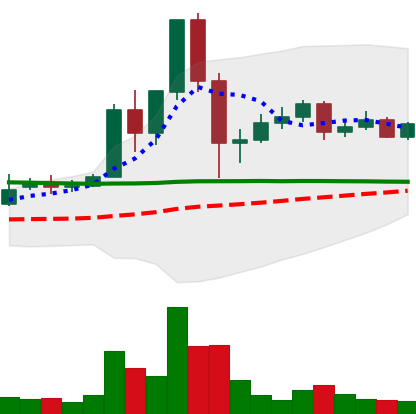
Ticker: DOGE-USD
Chart end date: 2020-12-05
Forward return: -8.596%
Label: down_7plus